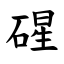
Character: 䃏